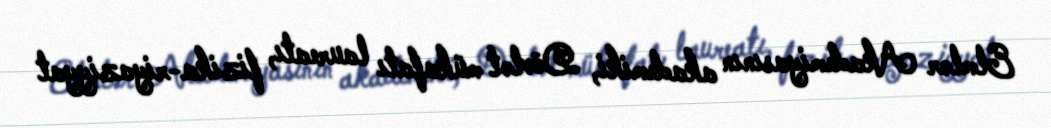
Elmlər Akademiyasının akademiki, Dövlət mükafatı laureatı, fizika-riyaziyyat